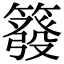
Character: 𥳊